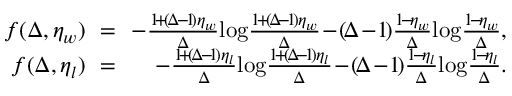
\begin{array} { r l r } { \! \! f ( \Delta , \eta _ { w } ) \! \! } & { = } & { \! \! - \frac { 1 \! + \! ( \! \Delta \! - \! 1 \! ) \eta _ { w } } { \Delta } \! \log \! \frac { 1 \! + \! ( \! \Delta \! - \! 1 \! ) \eta _ { w } } { \Delta } \! - \! ( \! \Delta \! - \! 1 \! ) \frac { 1 \! - \! \eta _ { w } } { \Delta } \! \log \! \frac { 1 \! - \! \eta _ { w } } { \Delta } , } \\ { \! \! f ( \Delta , \eta _ { l } ) \! \! } & { = } & { \! \! - \frac { 1 \! + \! ( \! \Delta \! - \! 1 \! ) \eta _ { l } } { \Delta } \! \log \! \frac { 1 \! + \! ( \! \Delta \! - \! 1 \! ) \eta _ { l } } { \Delta } \! - \! ( \! \Delta \! - \! 1 \! ) \frac { 1 \! - \! \eta _ { l } } { \Delta } \! \log \! \frac { 1 \! - \! \eta _ { l } } { \Delta } . } \end{array}